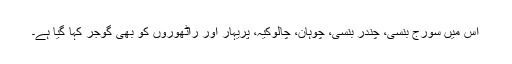
اس میں سورج بنسی، چندر بنسی، چوہان، چالوکیہ، پریہار اور راٹھوروں کو بھی گوجر کہا گیا ہے۔